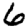
Digit: 6